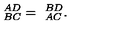
\ _ { B C } ^ { A D } = \ _ { A C } ^ { B D } .